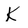
Character: K